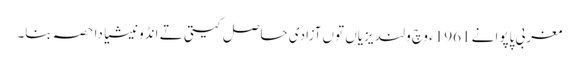
مغربی پاپوا نے 1961ء وچ ولندیزیاں توں آزادی حاصل کیتی تے انڈونیشیا دا حصہ بنا۔